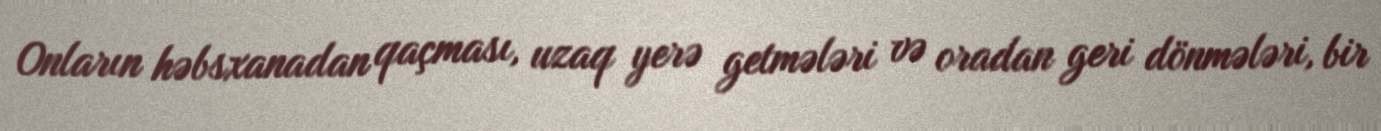
Onların həbsxanadan qaçması, uzaq yerə getmələri və oradan geri dönmələri, bir